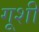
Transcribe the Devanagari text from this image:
गूशी